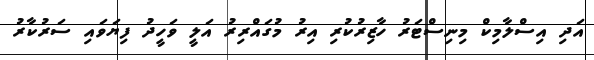
އަދި އިސްލާމިކް މިނިސްޓަރު ހާޒިރުކުރި އިރު މުގައްރިރު އަލީ ވަހީދު ފިޔަވައި ސަރުކާރު